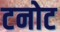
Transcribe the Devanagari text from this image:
टनोट